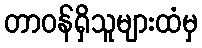
တာဝန်ရှိသူများထံမှ